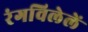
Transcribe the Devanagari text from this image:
रंगविलेलें